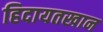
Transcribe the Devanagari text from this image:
हिदायतखान